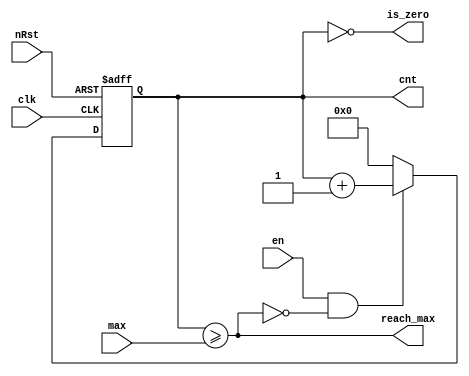
`timescale 1ns / 1ns
module threshold_counter
#(
	parameter WIDTH = 16
)
(
	nRst,
	clk,

	en,
	max,
	reach_max,
	is_zero,
	cnt
);
input nRst, clk;
input en;
input [WIDTH-1:0]max;
output reach_max;
output is_zero;
output [WIDTH-1:0]cnt;
reg [WIDTH-1:0]cnt;

assign reach_max = cnt >= max;
assign is_zero = cnt == {WIDTH {1'b0}};
always@(posedge clk or negedge nRst)
if (!nRst)
	cnt <= {WIDTH {1'b0}};
else if(en & !reach_max)
	cnt <= cnt + 1'b1;
else
	cnt <= {WIDTH {1'b0}};
endmodule